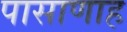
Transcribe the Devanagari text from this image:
पासाणाह